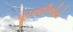
પૂરવણીઓનો